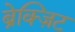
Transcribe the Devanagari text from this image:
ब्रेक्ज़िट